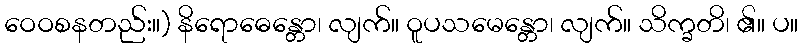
ဝေဝစနတည်း။) နိရောဓေန္တော၊ လျက်။ ဝူပသမေန္တော၊ လျက်။ သိက္ခတိ၊ ၏။ ပ။